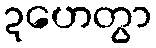
ဍဟေတွာ